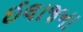
ઈલાજના